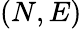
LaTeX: (N,E)